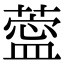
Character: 𦺝